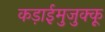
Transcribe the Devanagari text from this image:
कड़ाईमुजुक्कू